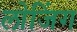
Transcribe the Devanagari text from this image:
लोजिंग